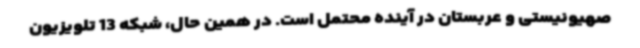
صهیونیستی و عربستان در آینده محتمل است. در همین حال، شبکه 13 تلویزیون